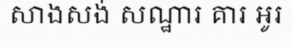
សាងសង់ សណ្ឋារ គារ អូរ